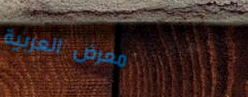
معرض العربية